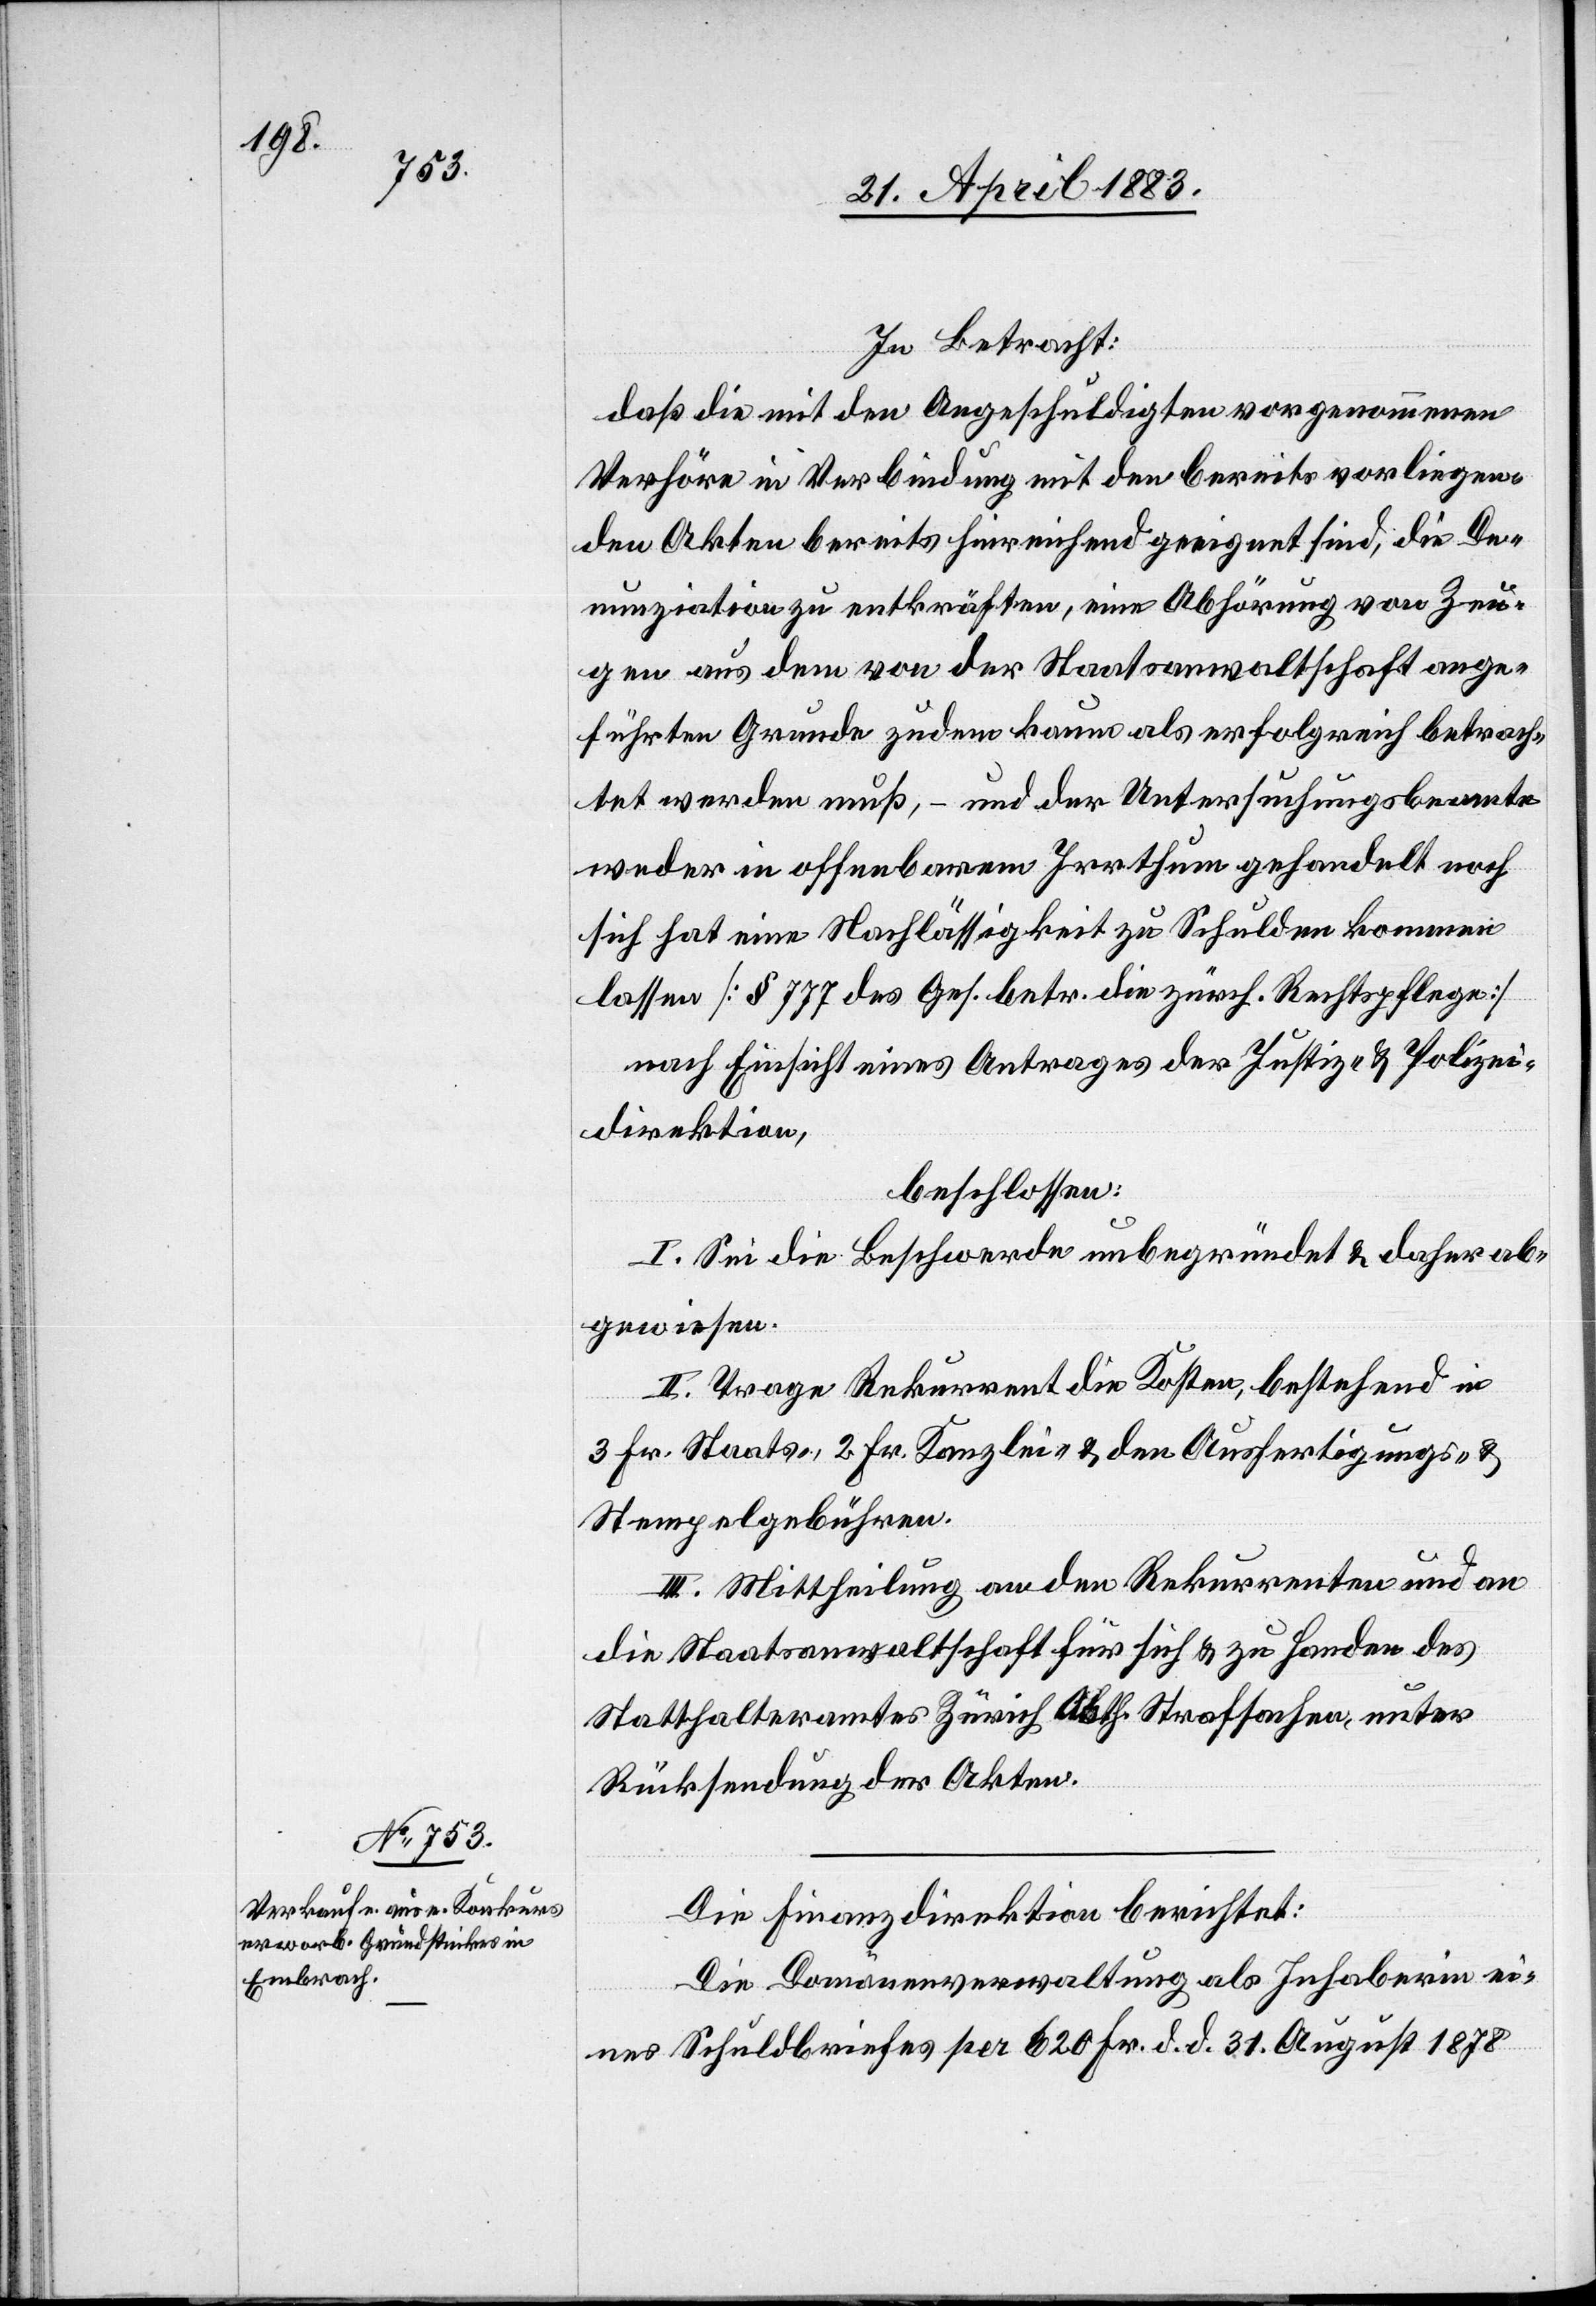
In Betracht:
daß die mit den Angeschuldigten vorgenommenen
Verhöre in Verbindung mit den bereits vorliegen¬
den Akten bereits hinreichend geeignet sind, die De¬
nunziation zu entkräften, eine Abhörung von Zeu¬
gen aus dem von der Staatsanwaltschaft ange¬
führten Grunde zudem kaum als erfolgreich betrach¬
tet werden muß, – und der Untersuchungsbeamte
weder in offenbarem Irrthum gehandelt noch
sich hat eine Nachlässigkeit zu Schulden kommen
lassen [§ 777 des Ges. betr. die zürch. Rechtspflege]
nach Einsicht eines Antrages der Justiz- & Polizei¬
direktion,
beschlossen:
I. Sei die Beschwerde unbegründet & daher ab¬
gewiesen.
II. Trage Rekurrent die Kosten, bestehend in
3 Fr. Staats-, Kanzlei- & den Ausfertigungs- und
Stempelgebühren.
III. Mittheilung an den Rekurrenten und an
die Staatsanwaltschaft für sich & zu Handen des
Statthalteramtes Zürich Abth. Strafsachen, unter
Rücksendung der Akten.
Die Finanzdirektion berichtet:
Die Domänenverwaltung als Inhaberin ei¬
nes Schuldbriefes per 620 Fr. d. d. 31. August 1878